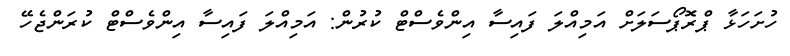
ހުށަހަޅާ ޕްރޮޕޯސަލަށް އަމިއްލަ ފައިސާ އިންވެސްޓް ކުރުން: އަމިއްލަ ފައިސާ އިންވެސްޓް ކުރަންޖެހޭ